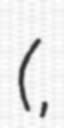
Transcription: (井深八重,